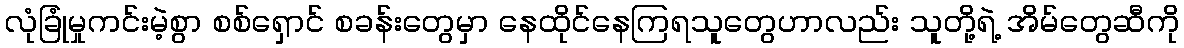
လုံခြုံမှုကင်းမဲ့စွာ စစ်ရှောင် စခန်းတွေမှာ နေထိုင်နေကြရသူတွေဟာလည်း သူတို့ရဲ့ အိမ်တွေဆီကို